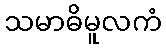
သမာဓိမူလကံ